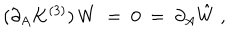
( \partial _ { A } K ^ { ( 3 ) } ) \, W \ = \ 0 \ = \ \partial _ { A } \hat { W } \ ,